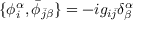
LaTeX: \{ \phi _ { i } ^ { \alpha } , \bar { \phi } _ { \bar { j } \beta } \} = - i g _ { i \bar { j } } \delta _ { \beta } ^ { \alpha }